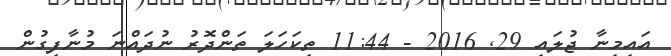
އައިމިނާ ޖުލައި 29